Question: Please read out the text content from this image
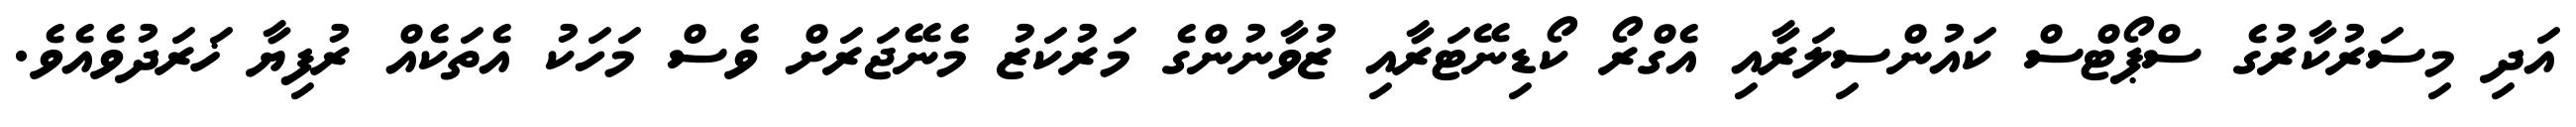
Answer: އަދި މިސަރުކާރުގެ ސްޕޯޓްސް ކައުންސިލަރާއި އެގްރޯ ކޯޑިނޭޓަރާއި ޒުވާނުންގެ މަރުކަޒު މެނޭޖަރަށް ވެސް މަހަކު އެތަކެއް ރުފިޔާ ޚަރަދުވެއެވެ.